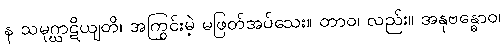
န သမုဂ္ဃာဋိယျတိ၊ အကြွင်းမဲ့ မဖြတ်အပ်သေး။ တာဝ၊ လည်း။ အနုဗန္ဓောဝ၊